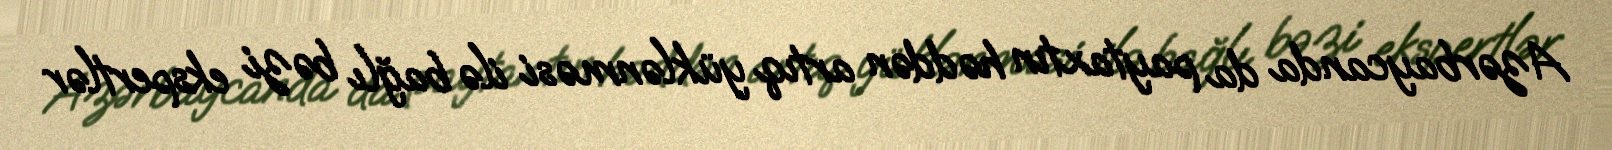
Azərbaycanda da paytaxtın həddən artıq yüklənməsi ilə bağlı bəzi ekspertlər